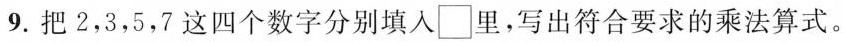
9.把2，3，5，7这四个数字分别填入□里，写出符合要求的乘法算式。